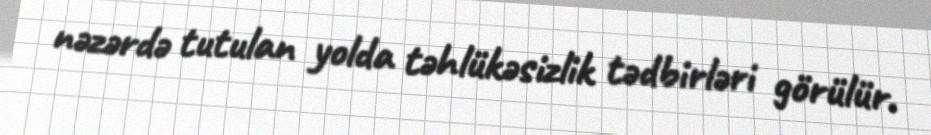
nəzərdə tutulan yolda təhlükəsizlik tədbirləri görülür.